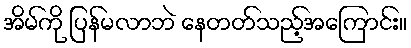
အိမ်ကို ပြန်မလာဘဲ နေတတ်သည့်အကြောင်း။